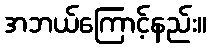
အဘယ်ကြောင့်နည်း။